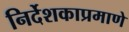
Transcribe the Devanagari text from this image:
निर्देशकाप्रमाणे